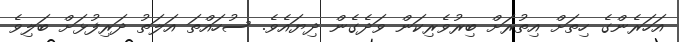
އަހަރެންގެ ހިތަށް އިތުރަށް ބިރުވެރިކަން ވަދެގެން ދިޔައެވެ. ސުހައްތަ އަލަތު ދަރިފުޅަށް ބަލިވެ